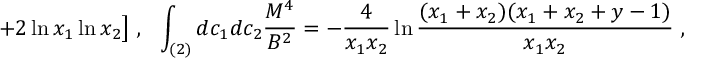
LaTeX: + 2 \ln x _ { 1 } \ln x _ { 2 } \bigr ] \ , \ \ \int _ { ( 2 ) } d c _ { 1 } d c _ { 2 } \frac { M ^ { 4 } } { B ^ { 2 } } = - \frac { 4 } { x _ { 1 } x _ { 2 } } \ln \frac { ( x _ { 1 } + x _ { 2 } ) ( x _ { 1 } + x _ { 2 } + y - 1 ) } { x _ { 1 } x _ { 2 } } \ ,